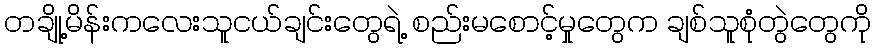
တချို့မိန်းကလေးသူငယ်ချင်းတွေရဲ့ စည်းမစောင့်မှုတွေက ချစ်သူစုံတွဲတွေကို